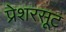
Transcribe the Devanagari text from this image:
प्रेशरसूट